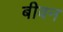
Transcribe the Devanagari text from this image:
बीवन